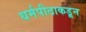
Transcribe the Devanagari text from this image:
धर्मपीठाकडून